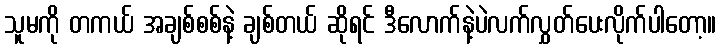
သူမကို တကယ် အချစ်စစ်နဲ့ ချစ်တယ် ဆိုရင် ဒီလောက်နဲ့ပဲလက်လွှတ်ပေးလိုက်ပါတော့။